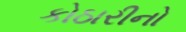
કોઠારીનો